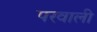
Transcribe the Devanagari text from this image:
परवाली